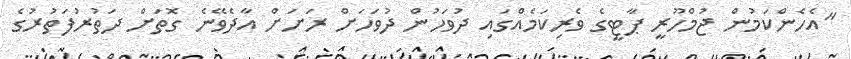
"އެހެންކަމުން ޖުމްހޫރީ ޕާޓީގެ ވެރިކަމެއްގައި ދުވަހުން ދުވަހަށް ރަށަށް އާދެވޭނެ ގޮތަށް ދަތުރުފަތުރުގެ